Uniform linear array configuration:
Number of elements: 16
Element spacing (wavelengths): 0.5
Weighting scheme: cosine
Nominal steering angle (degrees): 0
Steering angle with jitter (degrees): -1.946
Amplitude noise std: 0.05
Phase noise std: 0.05

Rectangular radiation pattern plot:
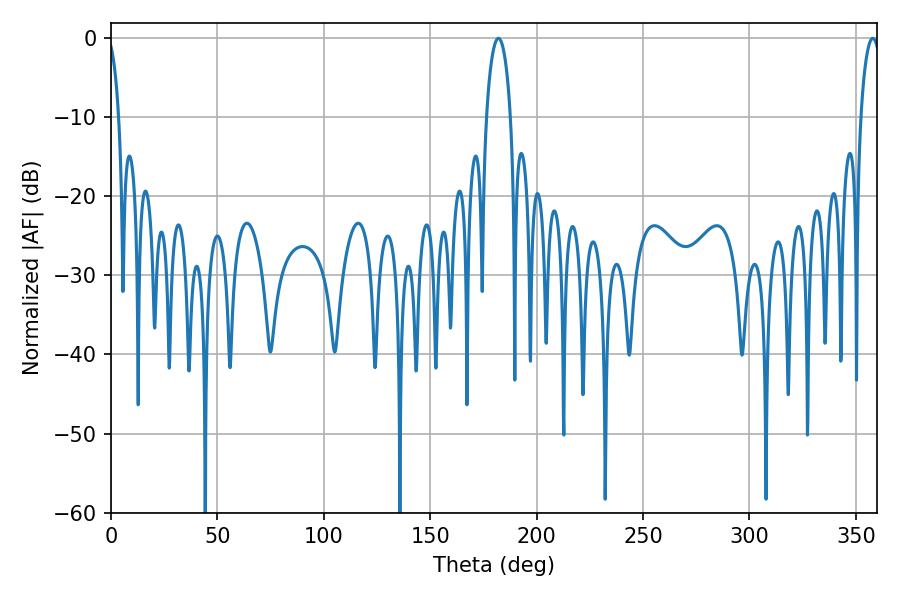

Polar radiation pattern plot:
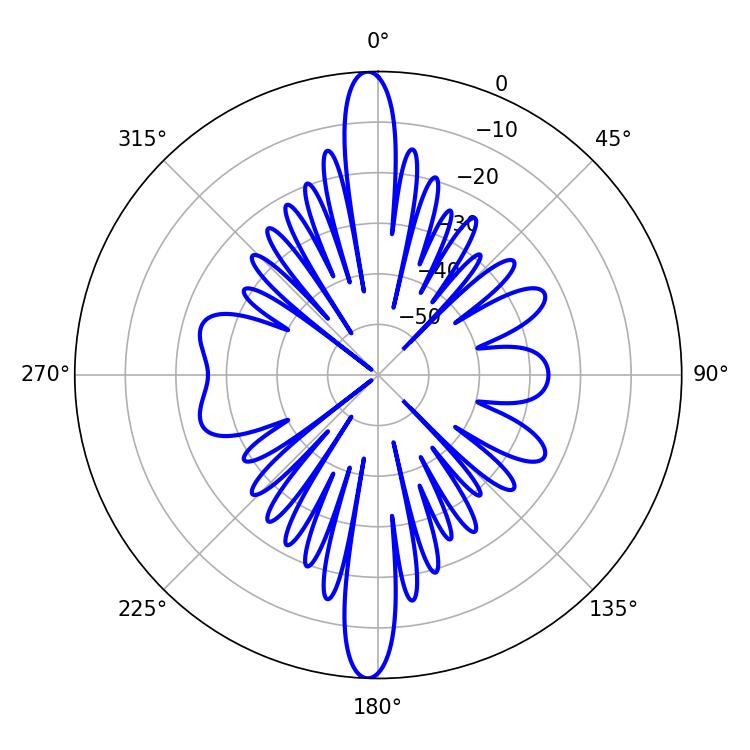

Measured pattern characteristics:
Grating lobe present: FALSE
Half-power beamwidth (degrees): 6.48
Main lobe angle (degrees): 181.98